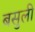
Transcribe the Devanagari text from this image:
बसुली